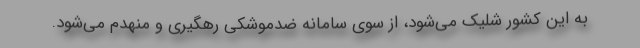
به این کشور شلیک می‌شود، از سوی سامانه ضدموشکی رهگیری و منهدم می‌شود.